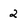
Character: 2